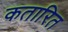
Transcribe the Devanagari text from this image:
कतारित